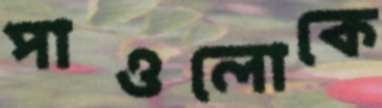
পাওলোকে